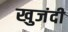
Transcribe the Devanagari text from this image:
खुजंदी